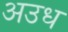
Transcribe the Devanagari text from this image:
अउध